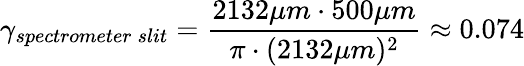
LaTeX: \gamma_{spectrometer\: slit}=\frac{2132\mu m\cdot 500\mu m}{\pi\cdot(2132\mu m)^{2}}\approx 0.074